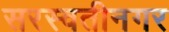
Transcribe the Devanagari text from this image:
सरस्वतीनगर